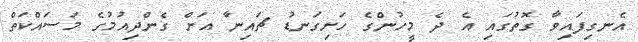
އެނގިފައިވާ ގޮތުގައި އެ ދެ މީހުންގެ ހަށިގަނޑު ޗައިނާ އަށް ގެންދިއުމުގެ މަސައްކަތް